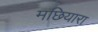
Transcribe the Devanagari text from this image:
मछियारा